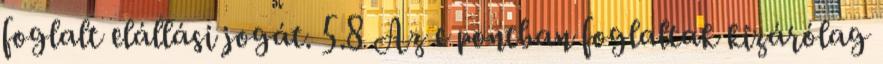
foglalt elállási jogát. 5.8 Az e pontban foglaltak kizárólag